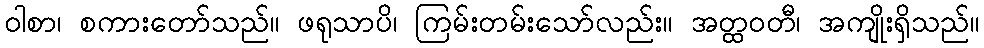
ဝါစာ၊ စကားတော်သည်။ ဖရုသာပိ၊ ကြမ်းတမ်းသော်လည်း။ အတ္ထဝတီ၊ အကျိုးရှိသည်။